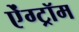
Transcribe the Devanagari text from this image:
ऐंग्ट्रॉम